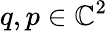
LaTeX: q,p\in\mathbb{C}^{2}